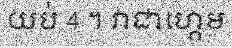
យប់ 4 ។ វាជាហ្គេម